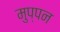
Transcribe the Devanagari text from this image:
मुप्पन